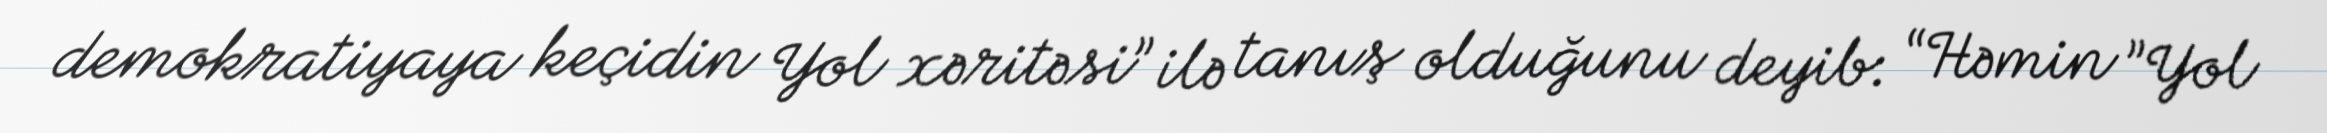
demokratiyaya keçidin Yol xəritəsi” ilə tanış olduğunu deyib: “Həmin ”Yol